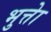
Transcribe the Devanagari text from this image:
भुत्तेा